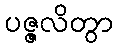
ပဇ္ဇလိတွာ